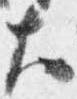
大